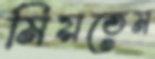
মিয়তেম